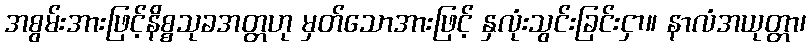
အစွမ်းအားဖြင့်နိစ္စသုခအတ္တဟု မှတ်သောအားဖြင့် နှလုံးသွင်းခြင်းငှာ။ နာလံအယုတ္တာ၊